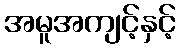
အမူအကျင့်နှင့်